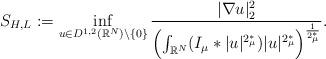
LaTeX: \begin{align*} S_{H,L}:=\inf_{u\in D^{1,2}(\mathbb{R}^N)\backslash\{0\}}\frac{|\nabla u|^2_2}{\Bigl(\int_{\mathbb{R}^N}(I_\mu\ast|u|^{2^*_\mu})|u|^{2^*_\mu}\Bigr)^{\frac{1}{2^*_\mu}}}.\end{align*}